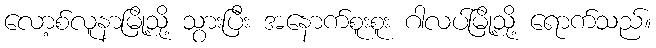
လော့စ်လူနာမြို့သို့ သွားပြီး အနောက်စူးစူး ဂါလပ်မြို့သို့ ရောက်သည်။